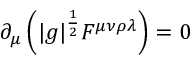
\partial _ { \mu } \left( | g | ^ { \frac { 1 } { 2 } } F ^ { \mu \nu \rho \lambda } \right) = 0